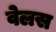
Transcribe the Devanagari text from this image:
वेलस